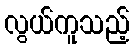
လွယ်ကူသည့်